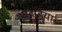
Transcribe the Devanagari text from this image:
पहडिया